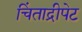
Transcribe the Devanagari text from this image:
चिंताद्रीपेट